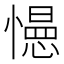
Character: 𭞽